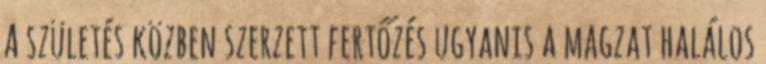
A születés közben szerzett fertőzés ugyanis a magzat halálos